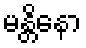
မန္တိနော